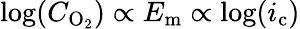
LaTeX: \log(C_{\mathrm{O}_{2}})\propto E_{\mathrm{m}}\propto\log(i_{\mathrm{c}})